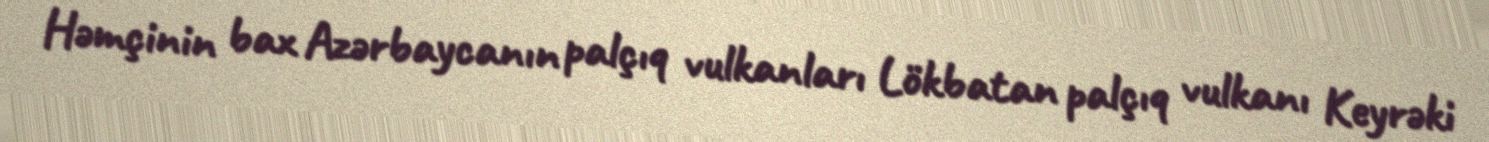
Həmçinin bax Azərbaycanın palçıq vulkanları Lökbatan palçıq vulkanı Keyrəki